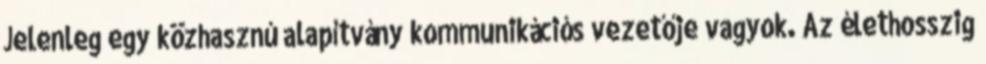
Jelenleg egy közhasznú alapítvány kommunikációs vezetője vagyok. Az élethosszig